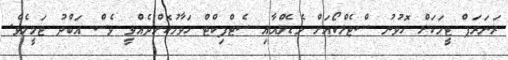
ރަނަރަޕް ޓީމަކަށް ހޮވުނު ސްޓެލްކޯއަށް މެޑެލްއާއި ސެޓްފިކްޓް ހަވާލުކޮށްދެއްވީ ވެސް އަބްދު ޖަމީލެވެ.